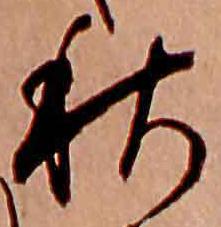
秋